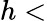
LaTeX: h<